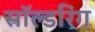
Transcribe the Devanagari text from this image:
सॉल्डरिंग